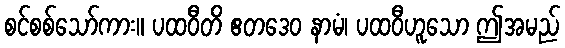
စင်စစ်သော်ကား။ ပထဝီတိ ဧတဒေဝ နာမံ၊ ပထဝီဟူသော ဤအမည်